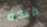
فكه